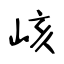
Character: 峐